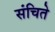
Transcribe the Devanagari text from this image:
संचिते